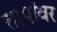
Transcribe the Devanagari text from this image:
तापांवर